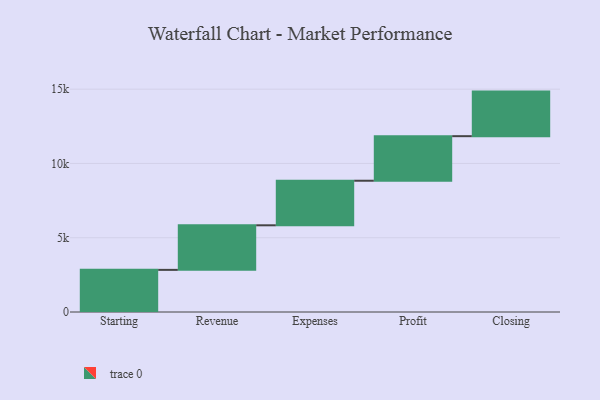
{"axis": {"x": "Step", "y": "Value"}, "legend": [""], "data": [{"x": "Starting", "y": 2836.0, "type": ""}, {"x": "Revenue", "y": 3000, "type": ""}, {"x": "Expenses", "y": 3000, "type": ""}, {"x": "Profit", "y": 3000, "type": ""}, {"x": "Closing", "y": 3000, "type": ""}]}